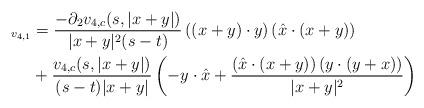
LaTeX: \begin{align*} _{v_{4,1}} &= \frac{-\partial_{2}v_{4,c}(s,|x+y|)}{|x+y|^{2}(s-t)} \left((x+y)\cdot y\right)\left(\hat{x}\cdot(x+y)\right)\\&+\frac{v_{4,c}(s,|x+y|)}{(s-t)|x+y|}\left(-y\cdot \hat{x} + \frac{\left(\hat{x}\cdot (x+y)\right)\left(y\cdot(y+x)\right)}{|x+y|^{2}}\right)\end{align*}